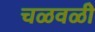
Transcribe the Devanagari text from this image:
चळवळीे